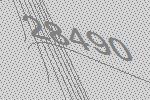
28490